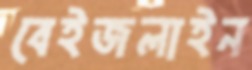
বেইজলাইন